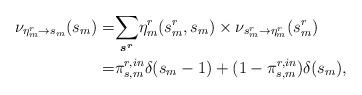
LaTeX: \begin{align*}\nu_{\eta_{m}^{r}\rightarrow s_{m}}(s_{m})= & \underset{\boldsymbol{s^{r}}}{\sum}\eta_{m}^{r}(s_{m}^{r},s_{m})\times\nu_{s_{m}^{r}\rightarrow\eta_{m}^{r}}(s_{m}^{r}) \\= & \pi_{s,m}^{r,in}\delta(s_{m}-1)+(1-\pi_{s,m}^{r,in})\delta(s_{m}),\end{align*}